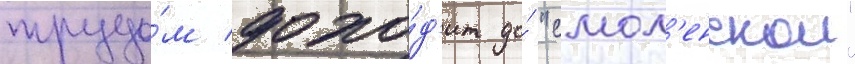
трудо́м дохо́д'ит до́ "смол'енскои"